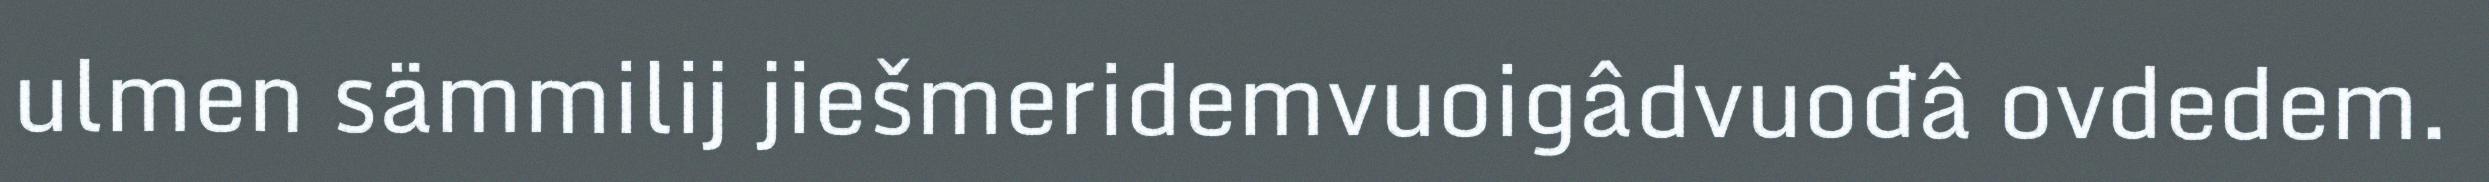
ulmen sämmilij jiešmeridemvuoigâdvuođâ ovdedem.